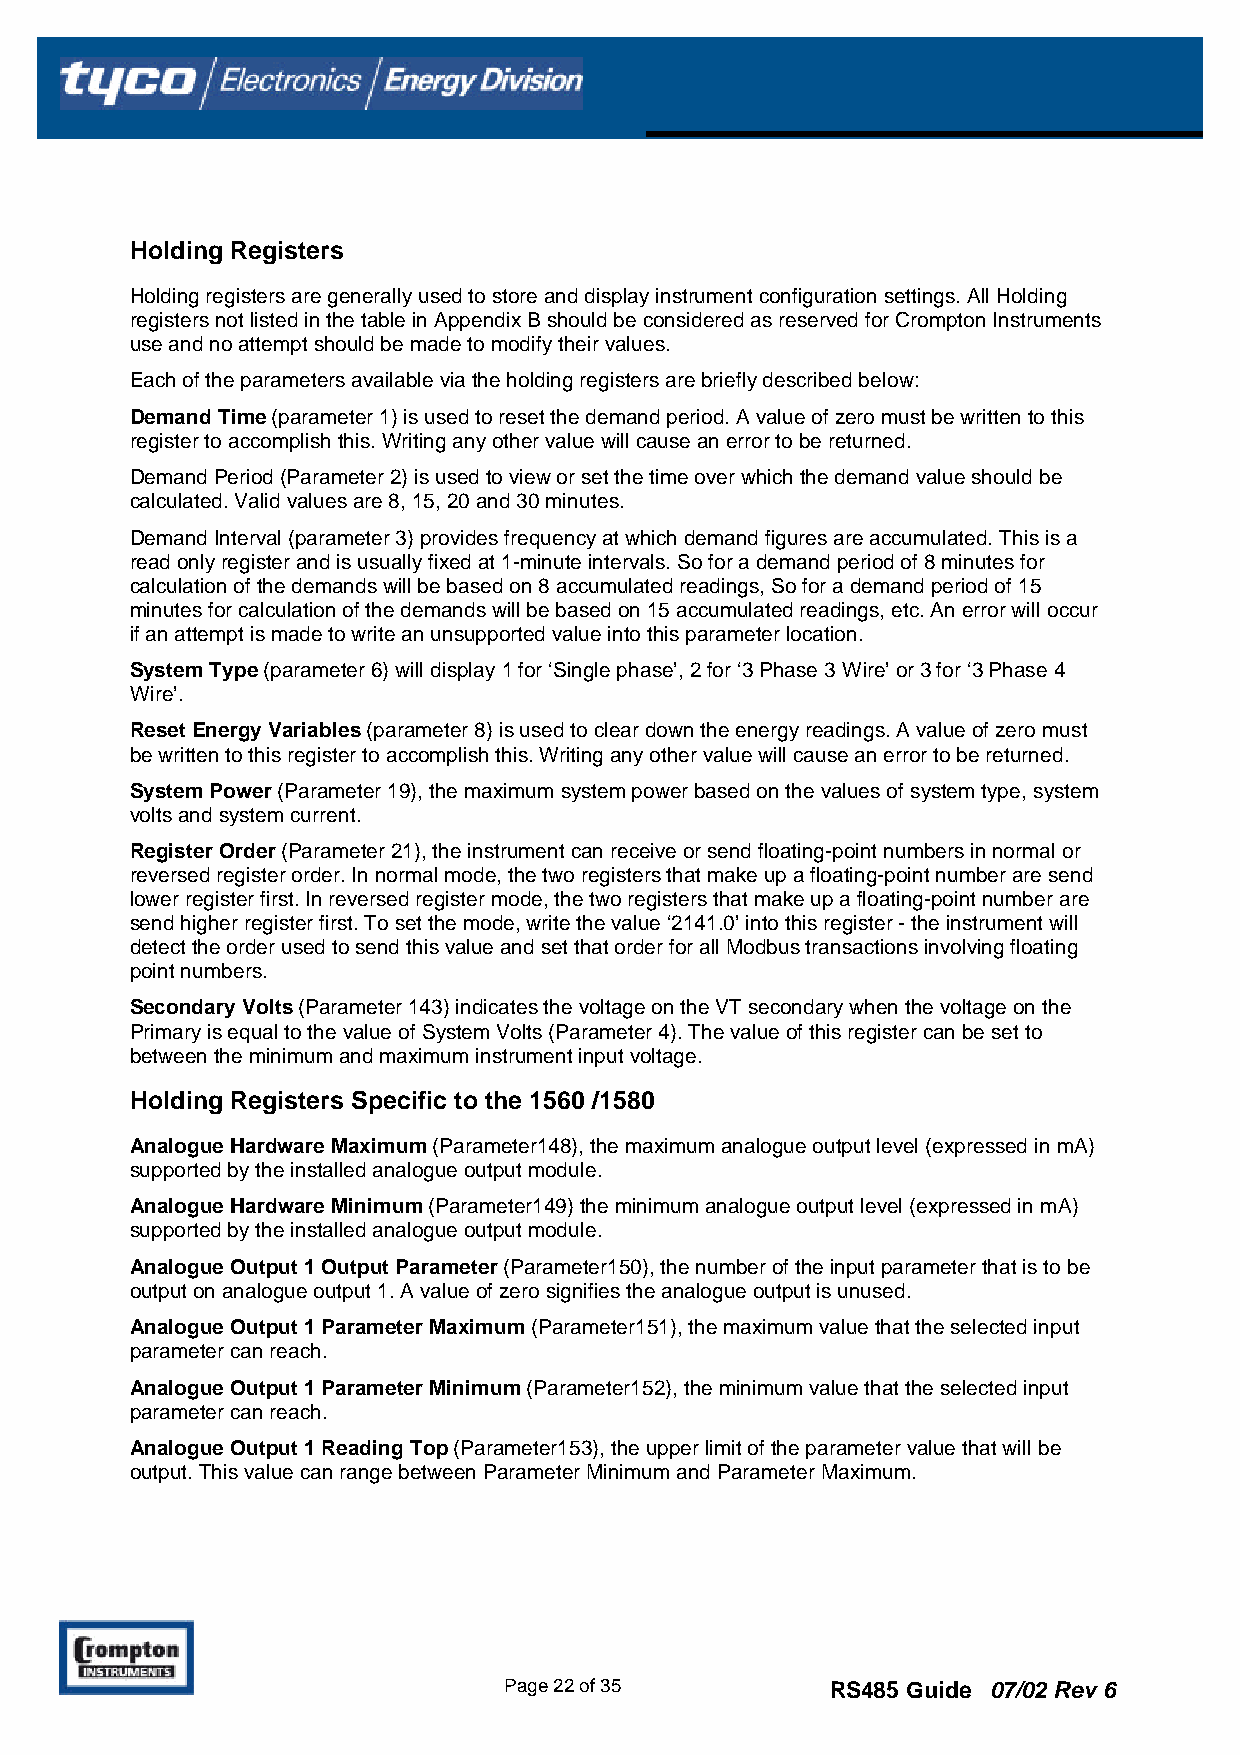
Holding Registers
 Holding registers are generally used to store and display instrument configuration settings. All Holding
 registers not listed in the table in Appendix B should be considered as reserved for Crompton Instruments
 use and no attempt should be made to modify their values.
 Each of the parameters available via the holding registers are briefly described below:
 Demand Time (parameter 1) is used to reset the demand period. A value of zero must be written to this
 register to accomplish this. Writing any other value will cause an error to be returned.
 Demand Period (Parameter 2) is used to view or set the time over which the demand value should be
 calculated. Valid values are 8, 15, 20 and 30 minutes.
 Demand Interval (parameter 3) provides frequency at which demand figures are accumulated. This is a
 read only register and is usually fixed at 1-minute intervals. So for a demand period of 8 minutes for
 calculation of the demands will be based on 8 accumulated readings, So for a demand period of 15
 minutes for calculation of the demands will be based on 15 accumulated readings, etc. An error will occur
 if an attempt is made to write an unsupported value into this parameter location.
 System Type (parameter 6) will display 1 for ‘Single phase’, 2 for ‘3 Phase 3 Wire’ or 3 for ‘3 Phase 4
 Wire’.
 Reset Energy Variables (parameter 8) is used to clear down the energy readings. A value of zero must
 be written to this register to accomplish this. Writing any other value will cause an error to be returned.
 System Power (Parameter 19), the maximum system power based on the values of system type, system
 volts and system current.
 Register Order (Parameter 21), the instrument can receive or send floating-point numbers in normal or
 reversed register order. In normal mode, the two registers that make up a floating-point number are send
 lower register first. In reversed register mode, the two registers that make up a floating-point number are
 send higher register first. To set the mode, write the value ‘2141.0’ into this register - the instrument will
 detect the order used to send this value and set that order for all Modbus transactions involving floating
 point numbers.
 Secondary Volts (Parameter 143) indicates the voltage on the VT secondary when the voltage on the
 Primary is equal to the value of System Volts (Parameter 4). The value of this register can be set to
 between the minimum and maximum instrument input voltage.
 Holding Registers Specific to the 1560 /1580
 Analogue Hardware Maximum (Parameter148), the maximum analogue output level (expressed in mA)
 supported by the installed analogue output module.
 Analogue Hardware Minimum (Parameter149) the minimum analogue output level (expressed in mA)
 supported by the installed analogue output module.
 Analogue Output 1 Output Parameter (Parameter150), the number of the input parameter that is to be
 output on analogue output 1. A value of zero signifies the analogue output is unused.
 Analogue Output 1 Parameter Maximum (Parameter151), the maximum value that the selected input
 parameter can reach.
 Analogue Output 1 Parameter Minimum (Parameter152), the minimum value that the selected input
 parameter can reach.
 Analogue Output 1 Reading Top (Parameter153), the upper limit of the parameter value that will be
 output. This value can range between Parameter Minimum and Parameter Maximum.
 Page 22 of 35         RS485 Guide 07/02 Rev 6